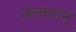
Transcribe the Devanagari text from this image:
जलचरान्